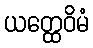
ယတ္ထေဝိမံ